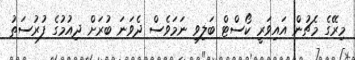
މިރޭގެ މެޗުން އައިވަރީ ކޯސްޓް ބަލިވި ނަމަވެސް ދެވަނަ ބުރަށް ދިއުމުގެ ފުރުސަތު